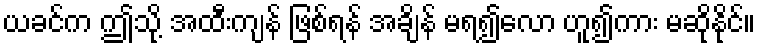
ယခင်က ဤသို့ အထီးကျန် ဖြစ်ရန် အချိန် မရ၍လော ဟူ၍ကား မဆိုနိုင်။